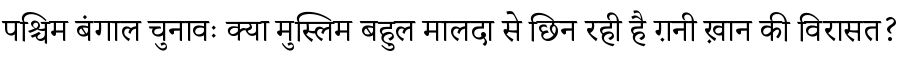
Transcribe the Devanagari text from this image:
पश्चिम बंगाल चुनावः क्या मुस्लिम बहुल मालदा से छिन रही है ग़नी ख़ान की विरासत?